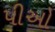
પીઓ